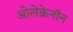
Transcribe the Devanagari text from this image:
ओलेक्रेनॉन